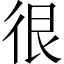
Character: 很